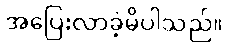
အပြေးလာခဲ့မိပါသည်။